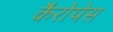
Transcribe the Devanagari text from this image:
कैरोपेस